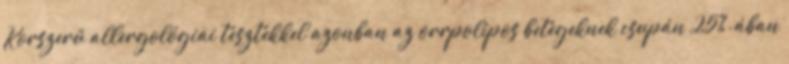
Korszerű allergológiai tesztekkel azonban az orrpolipos betegeknek csupán 25%-ában